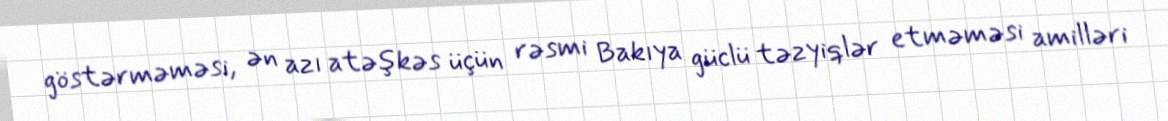
göstərməməsi, ən azı atəşkəs üçün rəsmi Bakıya güclü təzyiqlər etməməsi amilləri